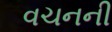
વચનની